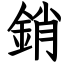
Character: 銷